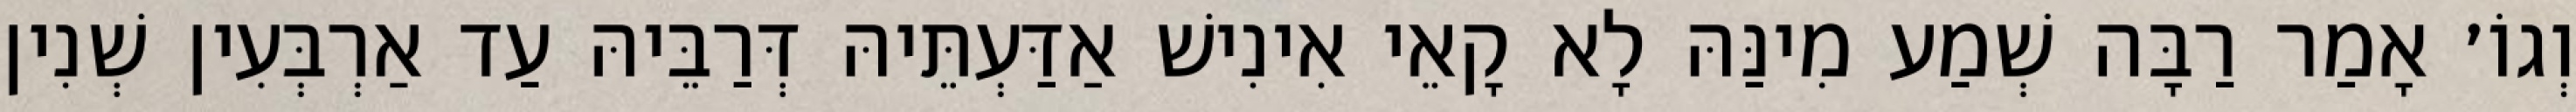
וְגוֹ׳ אָמַר רַבָּה שְׁמַע מִינַּהּ לָא קָאֵי אִינִישׁ אַדַּעְתֵּיהּ דְּרַבֵּיהּ עַד אַרְבְּעִין שְׁנִין